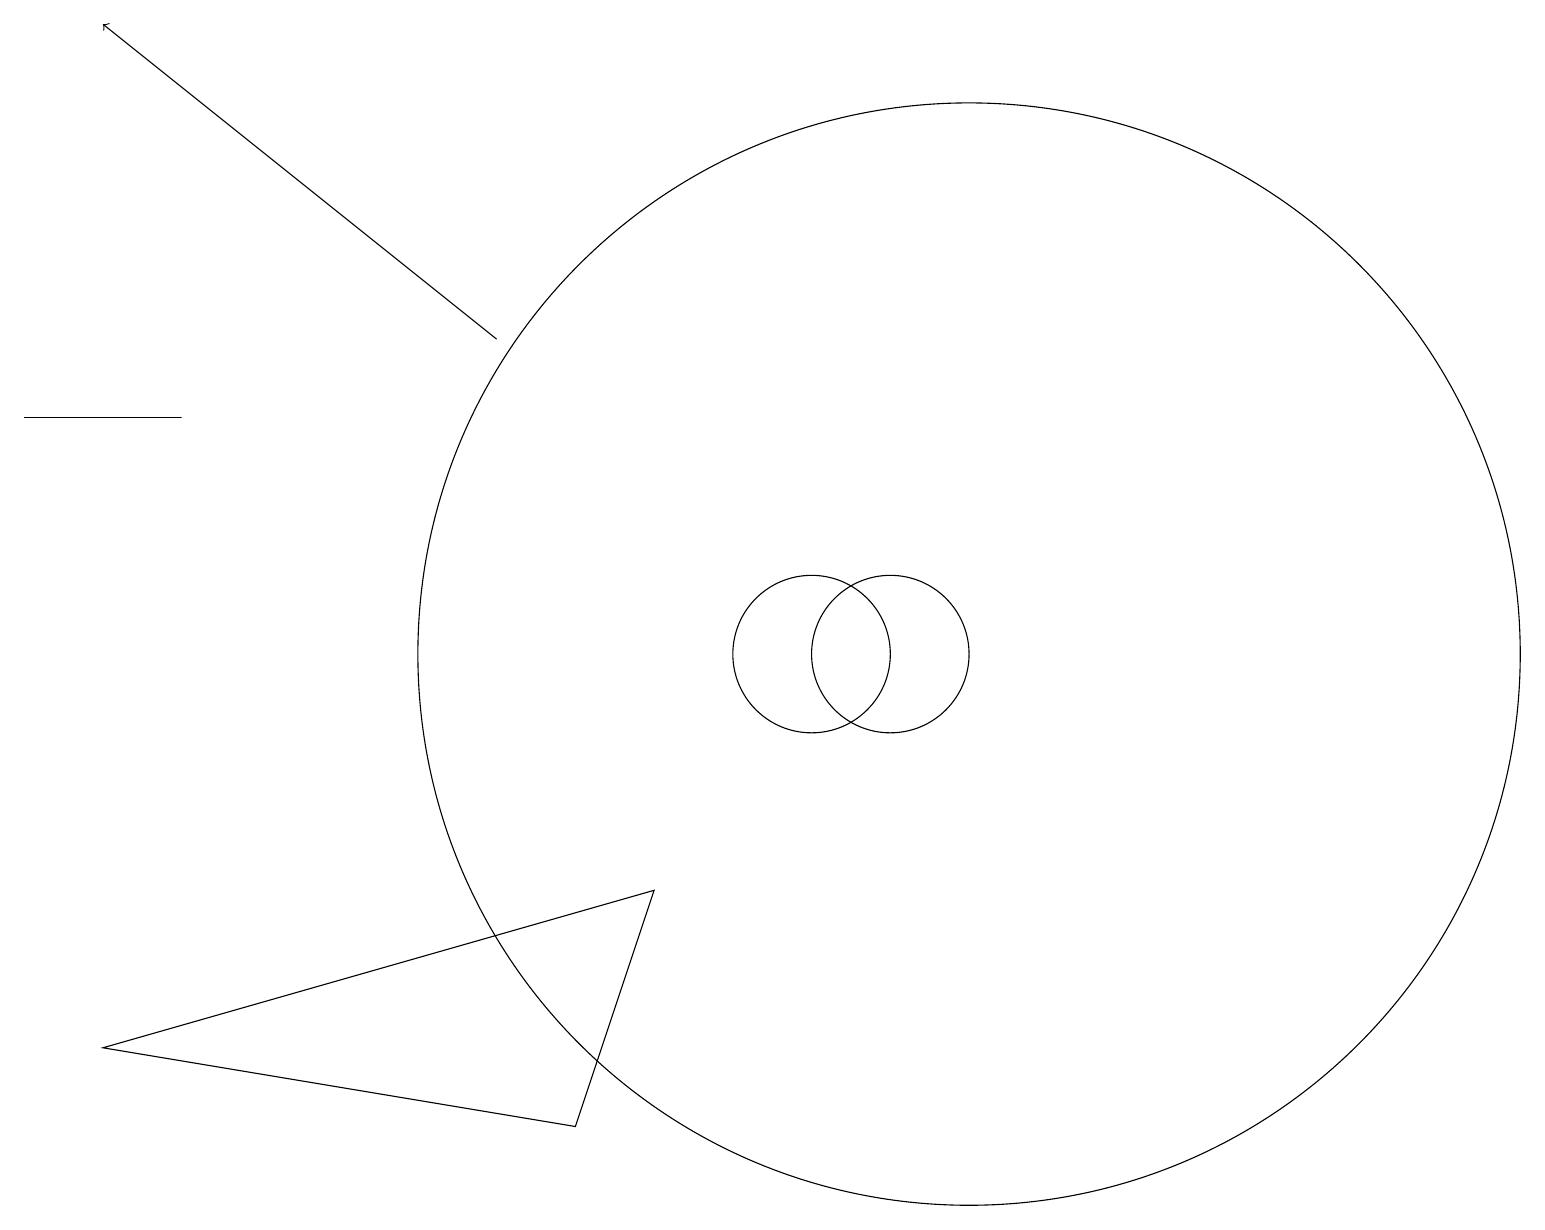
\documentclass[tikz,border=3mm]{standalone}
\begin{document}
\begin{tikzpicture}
\draw (1,5) -- (7,4) -- (8,7) -- cycle;
\draw[->] (6,14) -- (1,18);
\draw (2,13) rectangle (0,13);
\draw (11,10) circle (1);
\draw (10,10) circle (1);
\draw (12,10) circle (7);
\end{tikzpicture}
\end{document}